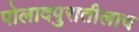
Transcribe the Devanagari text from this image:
पोलादपुरातीलाच